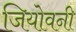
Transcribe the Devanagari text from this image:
जियोवनी